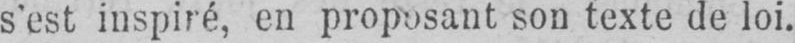
s’est inspiré, en proposant son texte de loi.